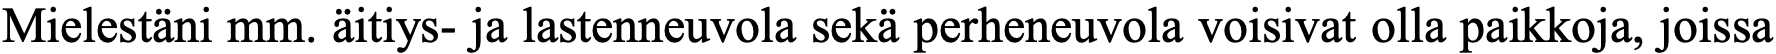
Mielestäni mm. äitiys- ja lastenneuvola sekä perheneuvola voisivat olla paikkoja, joissa